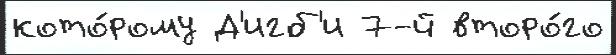
кото́рому Д'игб'и 7-й второ́го